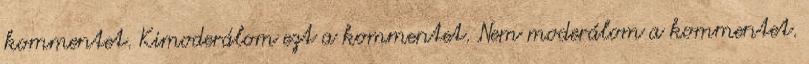
kommentet. Kimoderálom ezt a kommentet. Nem moderálom a kommentet.